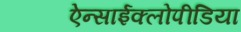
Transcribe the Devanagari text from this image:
ऐन्साईक्लोपीडिया